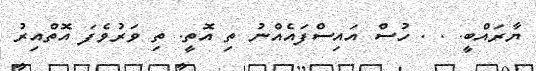
ޔާރައްބީ. . . ހުސް އައިސްފައެއްނު ތި އޮތީ. ތި ވަރުވެފަ އޮތްއިރު